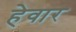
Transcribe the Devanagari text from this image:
हेवार